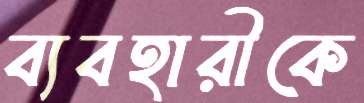
ব্যবহারীকে